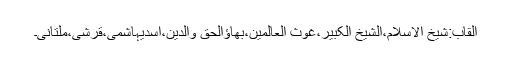
القاب:شیخ الاسلام،الشیخ الکبیر،غوث العالمین،بھاؤالحق ِّوالدّین،اسدیہاشمی،قرشی،ملتانی۔